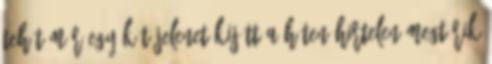
tehát már egy-két jelenet kijött a héten hirtelen megtörik